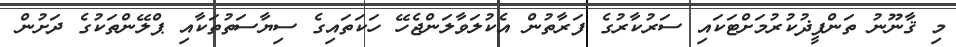
މި ޤާނޫނު ތަންފީޛުކުރުމަށްޓަކައި ސަރުކާރުގެ ފަރާތުން އެކުލަވާލަންޖެހޭ ހަކަތައިގެ ސިޔާސަތުތަކާއި ޕްލޭންތަކުގެ ދަށުން